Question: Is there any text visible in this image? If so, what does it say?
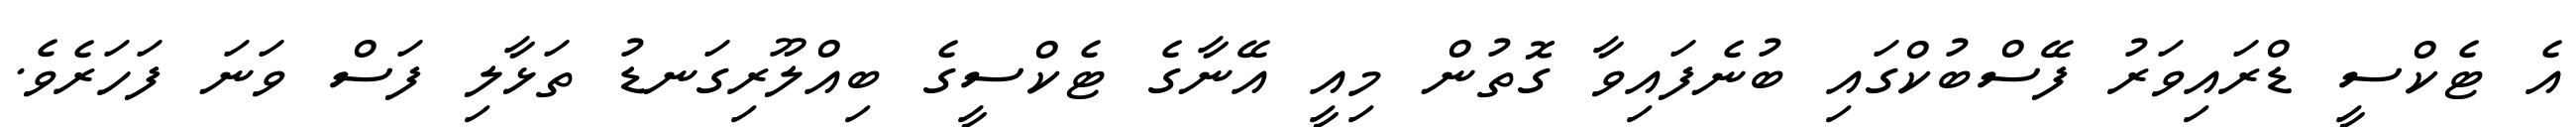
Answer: އެ ޓެކްސީ ޑްރައިވަރު ފޭސްބުކްގައި ބުނެފައިވާ ގޮތުން މިއީ އޭނާގެ ޓެކްސީގެ ބިއްލޫރިގަނޑު ތަޅާލި ފަސް ވަނަ ފަހަރެވެ.